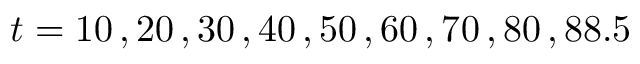
t = 1 0 \, , 2 0 \, , 3 0 \, , 4 0 \, , 5 0 \, , 6 0 \, , 7 0 \, , 8 0 \, , 8 8 . 5